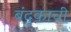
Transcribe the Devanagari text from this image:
बंदुकाची